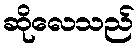
ဆိုလေသည်